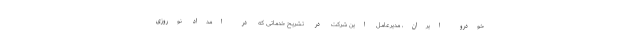
خودرو ایران، مدیرعامل این شرکت در تشریح خدماتی که در امداد نوروزی